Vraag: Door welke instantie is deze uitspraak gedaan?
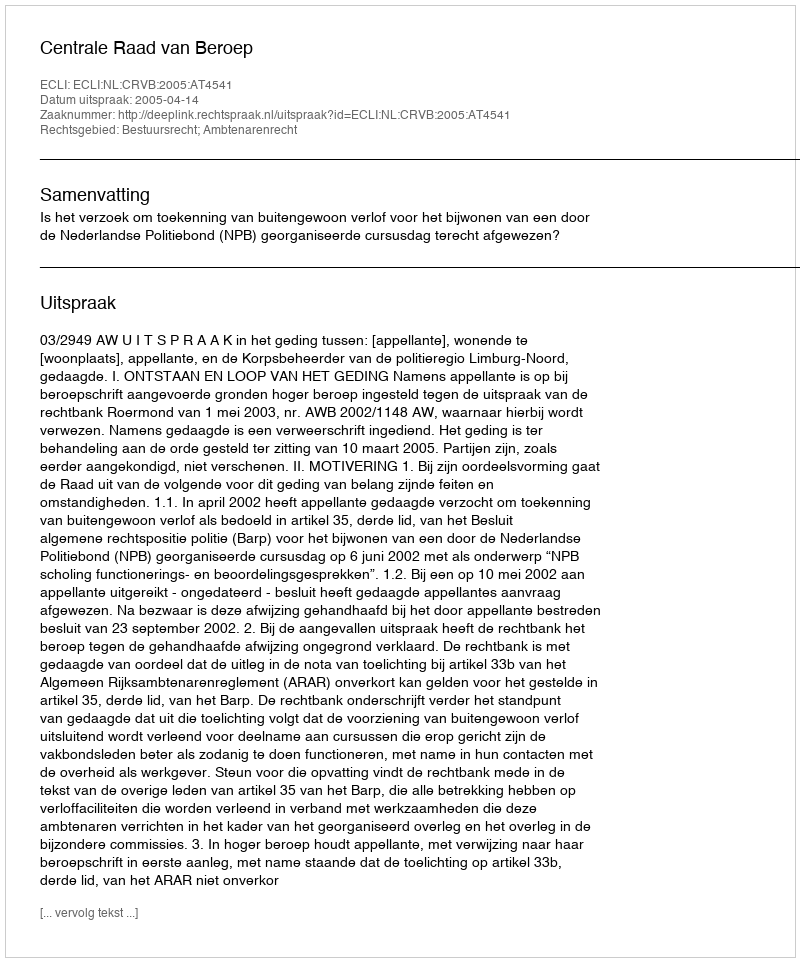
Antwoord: Centrale Raad van Beroep